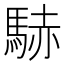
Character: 𲋹